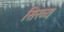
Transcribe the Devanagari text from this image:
सिख्य